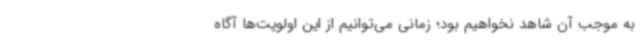
به موجب آن شاهد نخواهیم بود؛ زمانی می‌توانیم از این اولویت‌ها آگاه